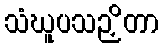
သံဃူပသဉှိတာ